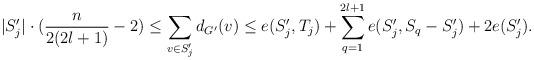
LaTeX: \begin{align*}|S_j'|\cdot (\frac{n}{2(2l+1)}-2)\leq \sum\limits_{v\in S_j'}d_{G'}(v)\le e(S_j',T_j)+\sum\limits_{q=1}^{2l+1}e(S_j',S_q-S_j')+2e(S_j').\end{align*}